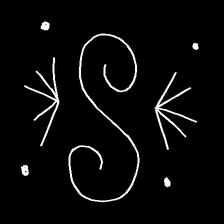
Glyph: aeroform